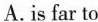
A. is far to